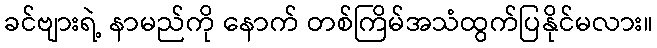
ခင်ဗျားရဲ့ နာမည်ကို နောက် တစ်ကြိမ်အသံထွက်ပြနိုင်မလား။